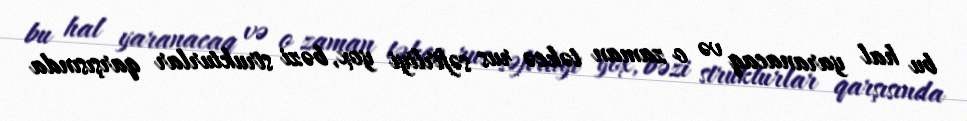
bu hal yaranacaq və o zaman təkcə rus səfirliyi yox, bəzi strukturlar qarşısında